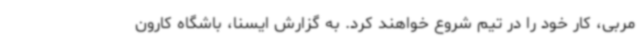
مربی، کار خود را در تیم شروع خواهند کرد. به گزارش ایسنا، باشگاه کارون